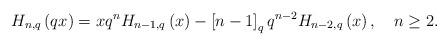
LaTeX: \begin{align*}H_{n,q}\left( qx\right) =xq^{n}H_{n-1,q}\left( x\right) -\left[n-1\right] _{q}q^{n-2}H_{n-2,q}\left( x\right) ,\ \ \ n\geq2. \end{align*}